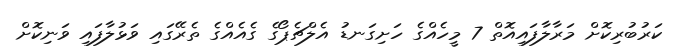
ކަރުބުރިކޮށް މަރާލާފައިއޮތް 7 މީހެއްގެ ހަށިގަނޑު އެލްޗެޕޯގެ ގެއެއްގެ ތެރޭގައި ވަޅުލާފައި ވަނިކޮށް